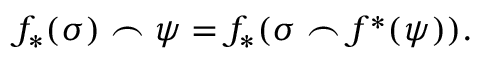
f _ { * } ( \sigma ) \frown \psi = f _ { * } ( \sigma \frown f ^ { * } ( \psi ) ) .